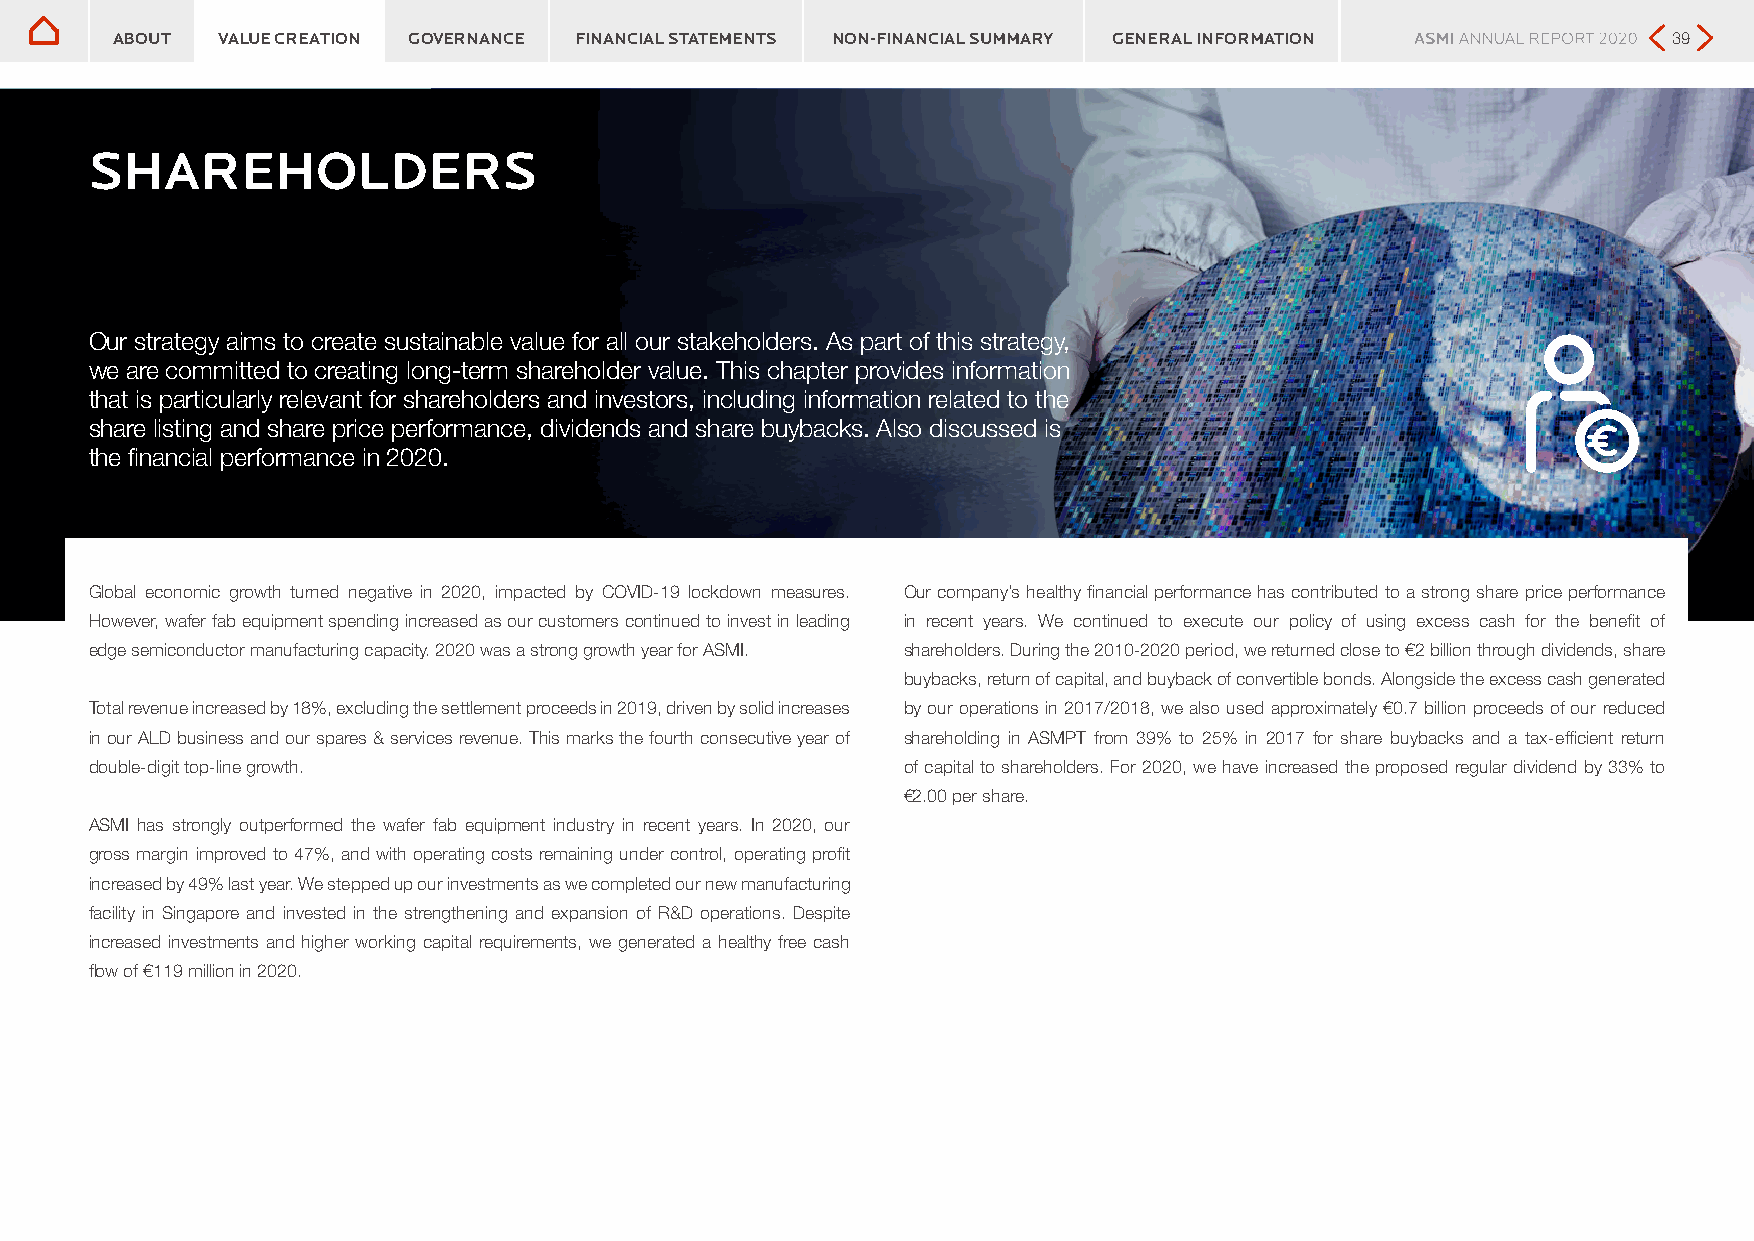
Shareholders
 Shareholders
 ABOUT  VALUE CREATION GOVERNANCE FINANCIAL STATEMENTS NON-FINANCIAL SUMMARY GENERAL INFORMATION         39
 SHAREHOLDERS
 Our strategy aims to create sustainable value for all our stakeholders. As part of this strategy,
 we are committed to creating long-term shareholder value. This chapter provides information
 that is particularly relevant for shareholders and investors, including information related to the
 share listing and share price performance, dividends and share buybacks. Also discussed is
 the financial performance in 2020.
 Global economic growth turned negative in 2020, impacted by COVID-19 lockdown measures. Our company’s healthy financial performance has contributed to a strong share price performance
 However, wafer fab equipment spending increased as our customers continued to invest in leading in recent years. We continued to execute our policy of using excess cash for the benefit of
 edge semiconductor manufacturing capacity. 2020 was a strong growth year for ASMI. shareholders. During the 2010-2020 period, we returned close to €2 billion through dividends, share
 buybacks, return of capital, and buyback of convertible bonds. Alongside the excess cash generated
 Total revenue increased by 18%, excluding the settlement proceeds in 2019, driven by solid increases by our operations in 2017/2018, we also used approximately €0.7 billion proceeds of our reduced
 in our ALD business and our spares & services revenue. This marks the fourth consecutive year of shareholding in ASMPT from 39% to 25% in 2017 for share buybacks and a tax-efficient return
 double-digit top-line growth.                         of capital to shareholders. For 2020, we have increased the proposed regular dividend by 33% to
 €2.00 per share.
 ASMI has strongly outperformed the wafer fab equipment industry in recent years. In 2020, our
 gross margin improved to 47%, and with operating costs remaining under control, operating profit
 increased by 49% last year. We stepped up our investments as we completed our new manufacturing
 facility in Singapore and invested in the strengthening and expansion of R&D operations. Despite
 increased investments and higher working capital requirements, we generated a healthy free cash
 flow of €119 million in 2020.